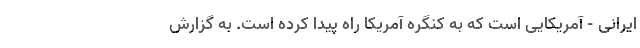
ایرانی - آمریکایی است که به کنگره آمریکا راه پیدا کرده است. به گزارش